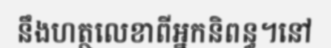
នឹងហត្ថលេខាពីអ្នកនិពន្ធ។នៅ